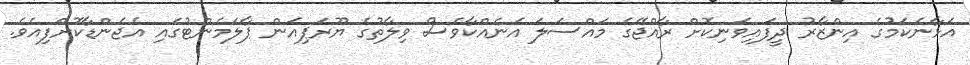
އަޅާނެކަމުގެ އިންޒާރު ދީފައިވަނިކޮށް ރާއްޖޭގެ މައްސަލަ އަނެއްކާވެސް ވިލާތުގެ ޔޫރަޕިއަން ޕާލަމެންޓުގައި އެޖެންޑާކޮށްފިއެވެ.